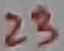
Text: 23